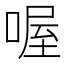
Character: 喔